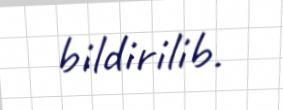
bildirilib.